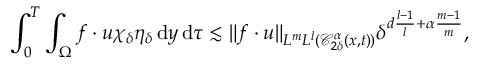
\int _ { 0 } ^ { T } \int _ { \Omega } f \cdot u \chi _ { \delta } \eta _ { \delta } \, \mathrm { d } y \, \mathrm { d } \tau \lesssim \| f \cdot u \| _ { L ^ { m } L ^ { l } ( \mathcal { C } _ { 2 \delta } ^ { \alpha } ( x , t ) ) } \delta ^ { d \frac { l - 1 } { l } + \alpha \frac { m - 1 } { m } } ,